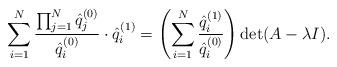
LaTeX: \begin{align*} \sum_{i = 1}^{N} \frac{\prod_{j = 1}^{N} \hat{q}_{j}^{( 0 )}}{\hat{q}_{i}^{( 0 )}} \cdot \hat{q}_{i}^{( 1 )} = \left( \sum_{i = 1}^{N} \frac{ \hat{q}_{i}^{( 1 )}}{\hat{q}_{i}^{( 0 )}} \right) \det ( A - \lambda I ). \end{align*}